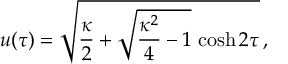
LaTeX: u ( \tau ) = \sqrt { { \frac { \kappa } { 2 } } + \sqrt { { \frac { \kappa ^ { 2 } } { 4 } } - 1 } \, \cosh 2 \tau } \, ,